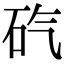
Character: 𥐬